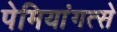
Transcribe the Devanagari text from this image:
पेमियांगत्से